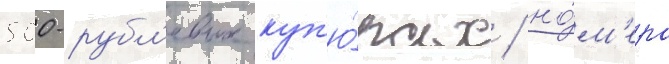
500-рубл'евых куп'ю́рах / но́м'ера